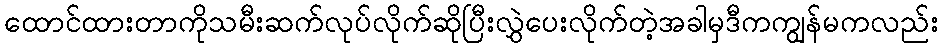
ထောင်ထားတာကိုသမီးဆက်လုပ်လိုက်ဆိုပြီးလွှဲပေးလိုက်တဲ့အခါမှဒီကကျွန်မကလည်း